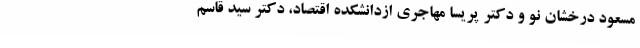
مسعود درخشان نو و دکتر پریسا مهاجری ازدانشکده اقتصاد، دکتر سید قاسم